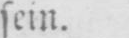
sein.